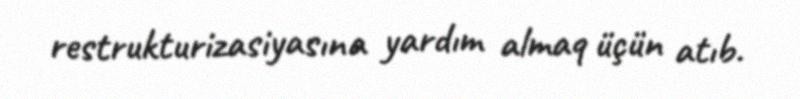
restrukturizasiyasına yardım almaq üçün atıb.